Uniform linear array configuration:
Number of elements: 8
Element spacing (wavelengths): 0.5
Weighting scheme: binomial
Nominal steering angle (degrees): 0
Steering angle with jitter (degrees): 0.2473
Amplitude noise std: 0.05
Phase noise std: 0.05

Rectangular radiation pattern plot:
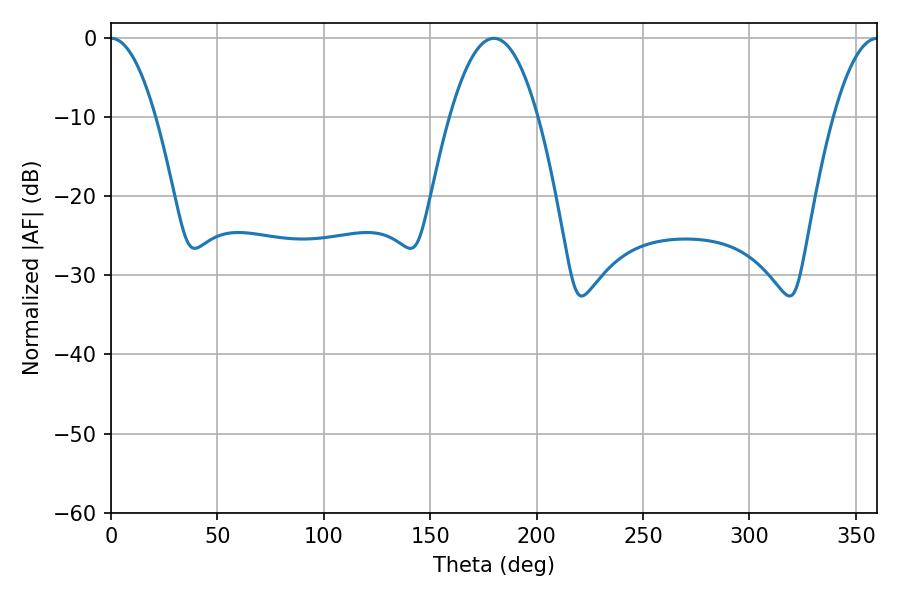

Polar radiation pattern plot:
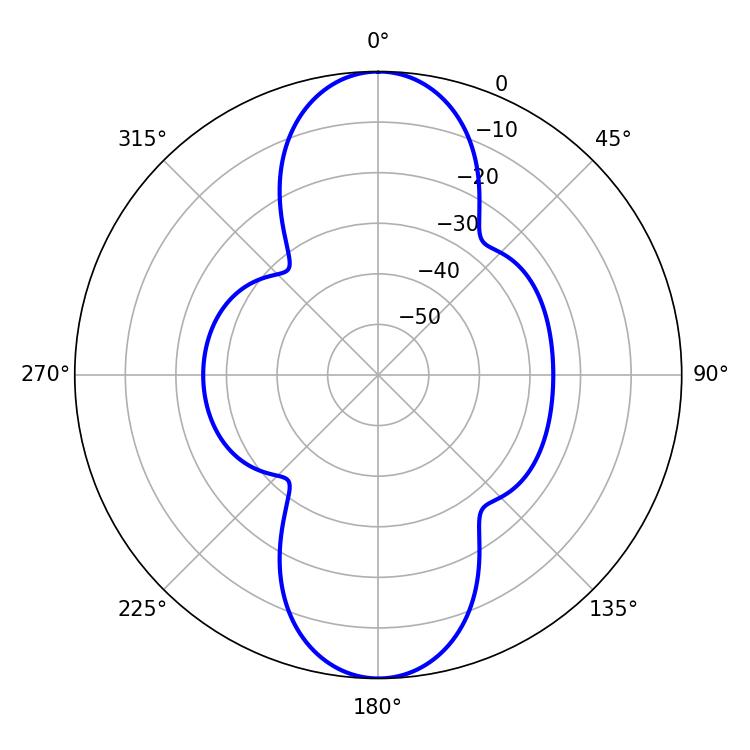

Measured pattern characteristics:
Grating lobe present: FALSE
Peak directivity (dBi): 26.837
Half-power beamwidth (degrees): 11.52
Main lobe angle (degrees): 0